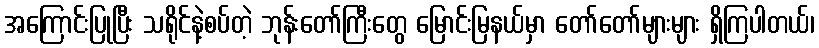
အကြောင်းပြုပြီး သရိုင်နဲ့စပ်တဲ့ ဘုန်းတော်ကြီးတွေ မြောင်းမြနယ်မှာ တော်တော်များများ ရှိကြပါတယ်၊